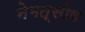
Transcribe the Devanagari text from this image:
नेमत्सोव